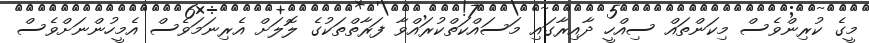
މީގެ ކުރިންވެސް މިކަންތައް ސިއްހީ ދާއިރާގައި މަސައްކަތްކުރައްވާ ފަރާތްތަކުގެ ލޮލަށް އެރިނަމަވެސް އެމީހުންނަށްވެސް